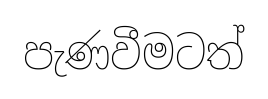
පැණවීමටත්